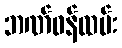
ဘဏ်ဝန်ထမ်း